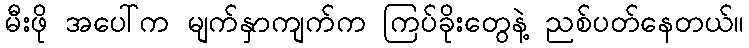
မီးဖို အပေါ်က မျက်နှာကျက်က ကြပ်ခိုးတွေနဲ့ ညစ်ပတ်နေတယ်။